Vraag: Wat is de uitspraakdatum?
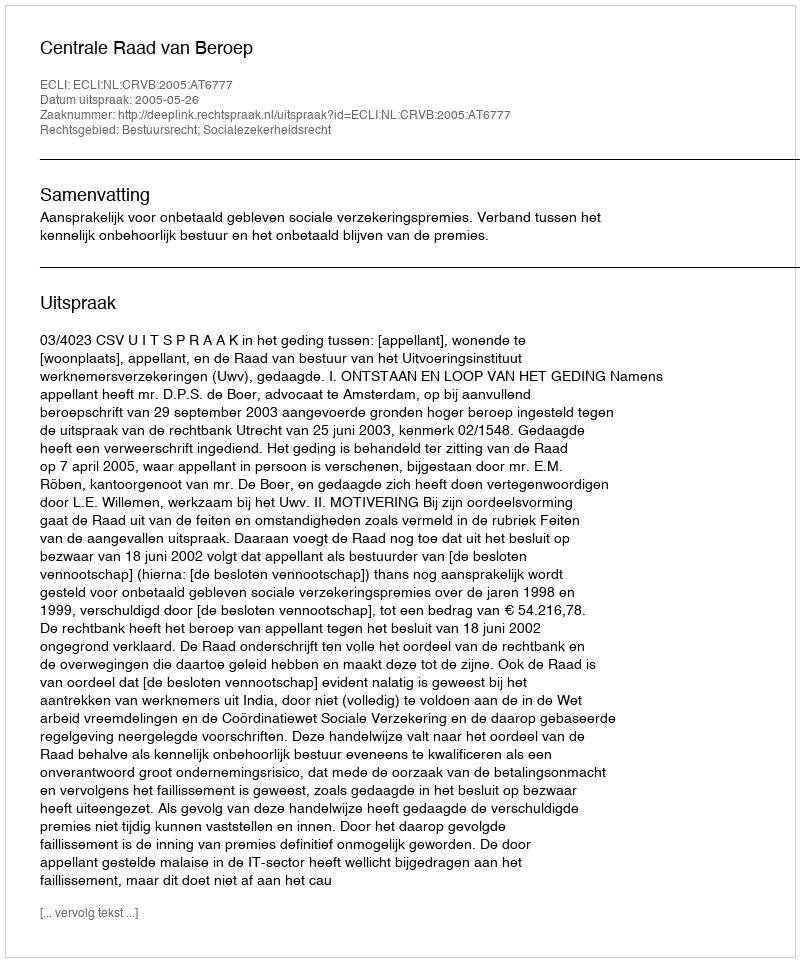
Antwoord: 2005-05-26